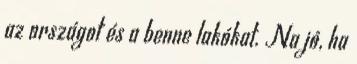
az országot és a benne lakókat. Na jó, ha